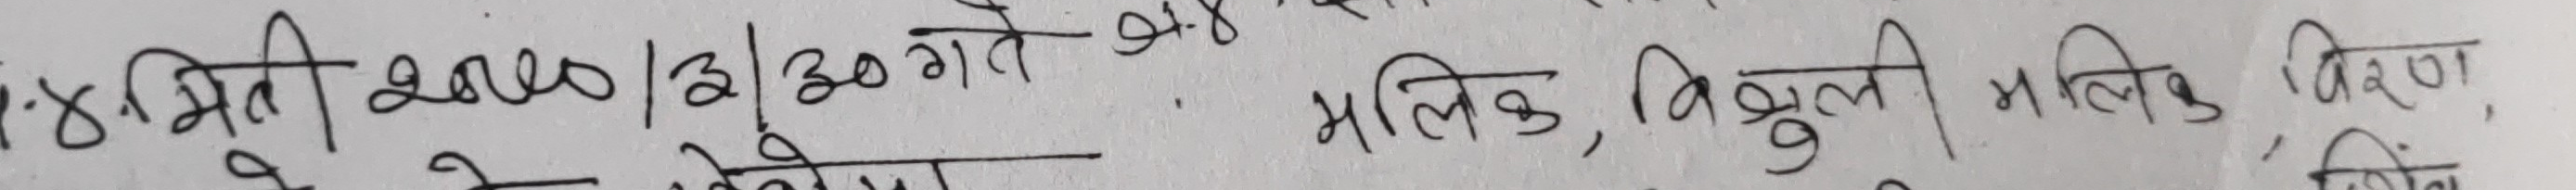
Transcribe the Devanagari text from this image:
१४ मिति २०८०/२/३० गते ९-४ मलिक, त्रिकुली मलिक विवरण,